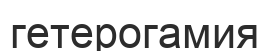
гетерогамия